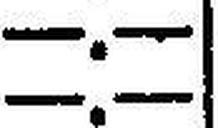
—.—